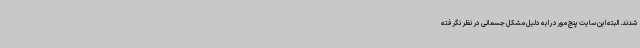
شدند. البته این سایت پنج مورد را به دلیل مشکل جسمانی در نظر نگرفته